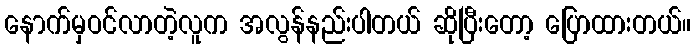
နောက်မှဝင်လာတဲ့လူက အလွန်နည်းပါတယ် ဆိုပြီးတော့ ပြောထားတယ်။